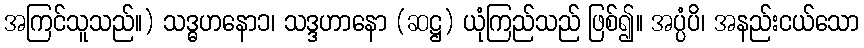
အကြင်သူသည်။) သဒ္ဓဟနော၁၊ သဒ္ဒဟာနော (ဆဋ္ဌ) ယုံကြည်သည် ဖြစ်၍။ အပ္ပံပိ၊ အနည်းငယ်သော